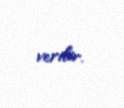
verilir.